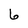
Character: 6